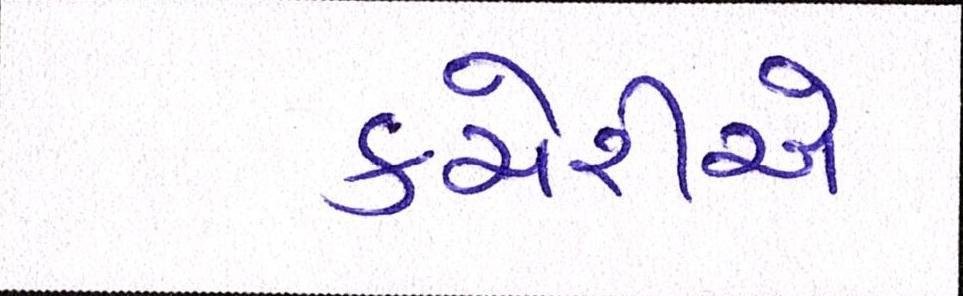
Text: કચેરીએ